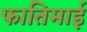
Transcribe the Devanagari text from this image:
फातिमाई